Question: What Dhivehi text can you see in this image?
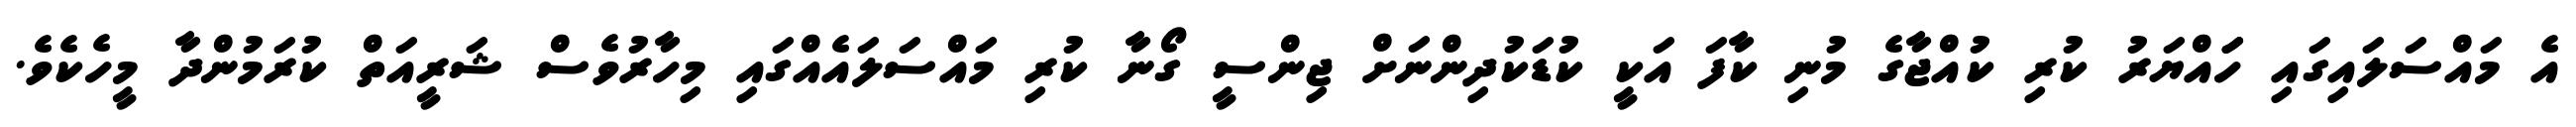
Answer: އެ މައްސަލައިގައި ހަައްޔަރު ކުރި ކުއްޖާގެ މުނި ކާފަ އަކީ ކުޑަކުދިންނަށް ޖިންސީ ގޯނާ ކުރި މައްސަލައެއްގައި މިހާރުވެސް ޝަރީއަތް ކުރަމުންދާ މީހެކެވެ.